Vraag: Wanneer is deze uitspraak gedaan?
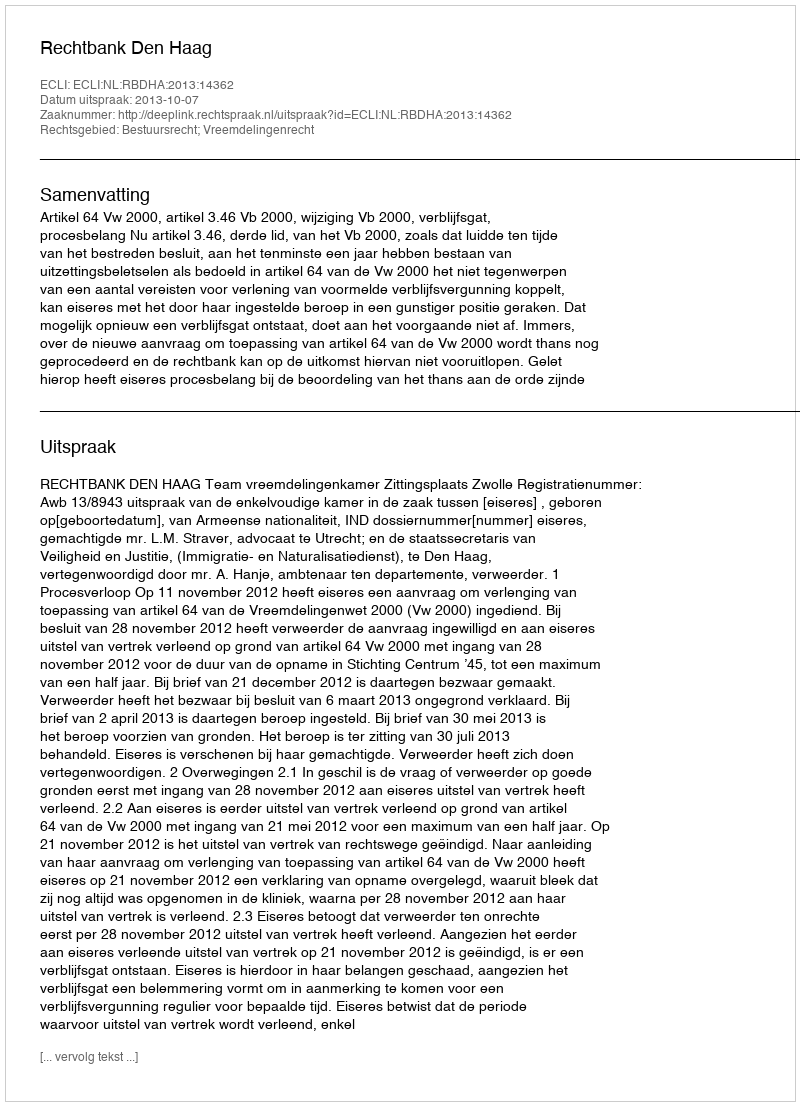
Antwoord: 2013-10-07